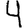
Digit: 4